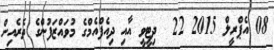
08 އެޕްރީލް 2015 22  ދިޓީވީ އާއި ދިއެފްއެމްގެ މުވައްޒަފުންގެ ތެރެއިން